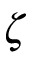
\zeta